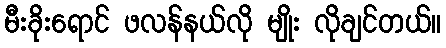
မီးခိုးရောင် ဖလန်နယ်လို မျိုး လိုချင်တယ်။